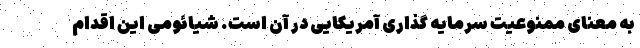
به معنای ممنوعیت سرمایه گذاری آمریکایی در آن است. شیائومی این اقدام